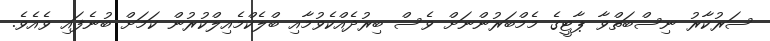
ސަރުކާރު ނިސްބަތްވާ ޕާޓީގެ މެމްބަރުންނަށް ވެސް ބިރުދެއްކެވުމާއި ބްލެކްމެއިލްކުރުން ކަމަށް ބުނެފައި ވެއެވެ.